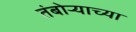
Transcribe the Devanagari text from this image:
तंबोर्‍याच्या